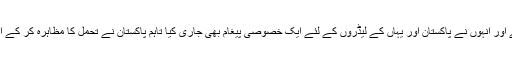
غزنی پر طالبان کے حملے اور قبضے کے بعد افغان صدر ڈاکٹر اشرف غنی کافی رنجیدہ نظر آئے اور انہوں نے پاکستان اور یہاں کے لیڈروں کے لئے ایک خصوصی پیغام بھی جاری کیا تاہم پاکستان نے تحمل کا مظاہرہ کر کے اس پیغام کو سخت ردعمل کے بجائے اسے حالات اور واقعات کا نتیجہ قرار دے کر نظر انداز کیا۔